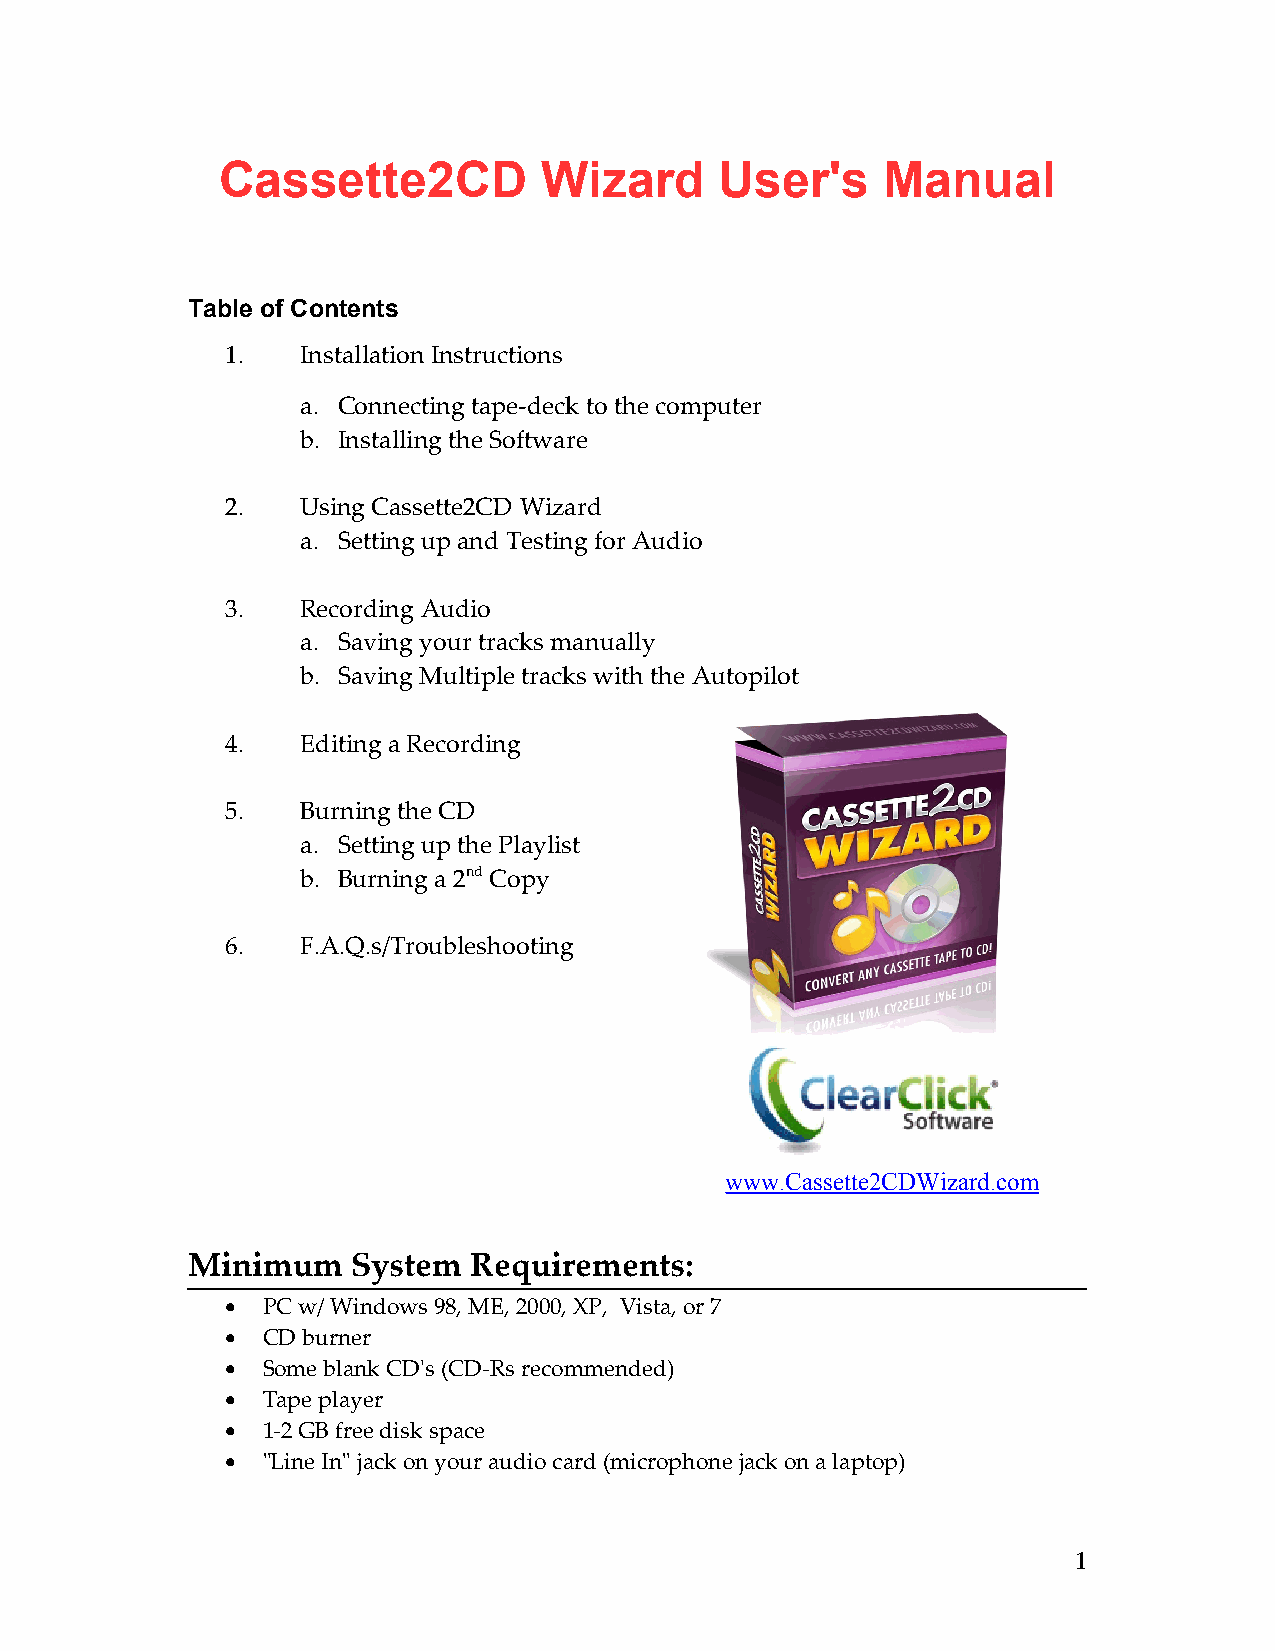
Cassette2CD          Wizard      User's     Manual
 Table of Contents
 1.   Installation Instructions
 a. Connecting tape-deck to the computer
 b. Installing the Software
 2.   Using Cassette2CD Wizard
 a. Setting up and Testing for Audio
 3.   Recording Audio
 a. Saving your tracks manually
 b. Saving Multiple tracks with the Autopilot
 4.   Editing a Recording
 5.   Burning the CD
 a. Setting up the Playlist
 b. Burning a 2nd Copy
 6.   F.A.Q.s/Troubleshooting
 www.Cassette2CDWizard.com
 Minimum    System  Requirements:
 •
 PC w/ Windows 98, ME, 2000, XP, Vista, or 7
 •
 CD burner
 •
 Some blank CD's (CD-Rs recommended)
 •
 Tape player
 •
 1-2 GB free disk space
 •
 "Line In" jack on your audio card (microphone jack on a laptop)
 1